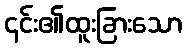
၎င်း၏ထူးခြားသော